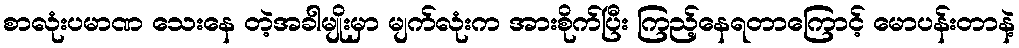
စာလုံးပမာဏ သေးနေ တဲ့အခါမျိုးမှာ မျက်လုံးက အားစိုက်ပြီး ကြည့်နေရတာကြောင့် မောပန်းတာနဲ့